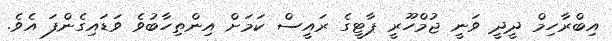
އިބްރާހިމް ދީދީ ވަނީ ޖުމްހޫރީ ޕާޓީގެ ރައީސް ކަމަށް އިންތިހާބުވެ ވަޑައިގެންފަ އެވެ.